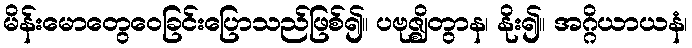
မိန်းမောတွေဝေခြင်းပြောသည်ဖြစ်၍။ ပဗုဇ္ဈိတွာန၊ နိုး၍။ အဂ္ဂိယာယနံ၊